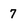
Character: 7